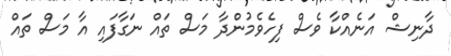
ދާނިޝް އަނެއްކާ ވެސް ފިހެވެމުންދާ މަސް ތައް ނަގާފައި އާ މަސް ތައް